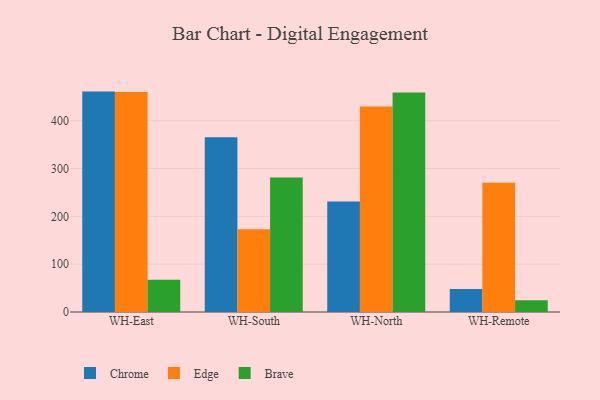
{"axis": {"x": "Warehouse", "y": "LTV (USD)"}, "legend": ["Brave", "Chrome", "Edge"], "data": [{"x": "WH-East", "y": 460.8, "type": "Chrome"}, {"x": "WH-East", "y": 459.9, "type": "Edge"}, {"x": "WH-East", "y": 67.6, "type": "Brave"}, {"x": "WH-South", "y": 365.4, "type": "Chrome"}, {"x": "WH-South", "y": 173.1, "type": "Edge"}, {"x": "WH-South", "y": 281.0, "type": "Brave"}, {"x": "WH-North", "y": 231.1, "type": "Chrome"}, {"x": "WH-North", "y": 429.6, "type": "Edge"}, {"x": "WH-North", "y": 459.1, "type": "Brave"}, {"x": "WH-Remote", "y": 48.0, "type": "Chrome"}, {"x": "WH-Remote", "y": 270.4, "type": "Edge"}, {"x": "WH-Remote", "y": 24.7, "type": "Brave"}]}